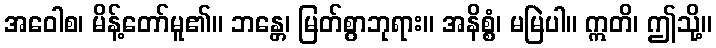
အဝေါစ၊ မိန့်တော်မူ၏။ ဘန္တေ၊ မြတ်စွာဘုရား။ အနိစ္စံ၊ မမြဲပါ။ ဣတိ၊ ဤသို့။